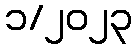
၁/၂၀၂၃